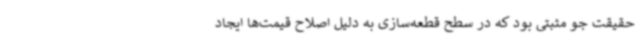
حقیقت جو مثبتی بود که در سطح قطعه‌سازی به دلیل اصلاح قیمت‌ها ایجاد